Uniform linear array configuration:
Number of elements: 12
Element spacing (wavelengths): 0.25
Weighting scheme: hamming
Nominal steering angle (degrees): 0
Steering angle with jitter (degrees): -0.6873
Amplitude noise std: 0.05
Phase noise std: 0.05

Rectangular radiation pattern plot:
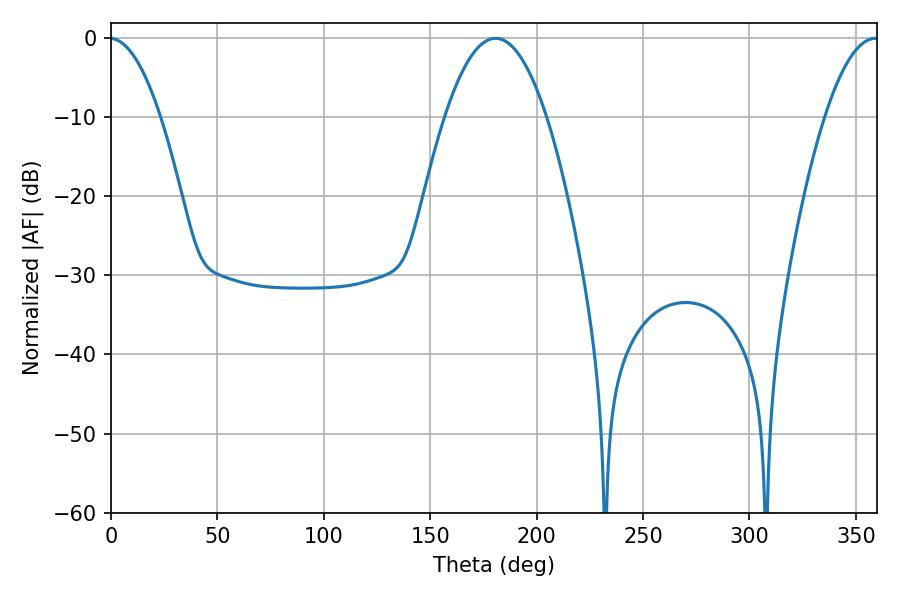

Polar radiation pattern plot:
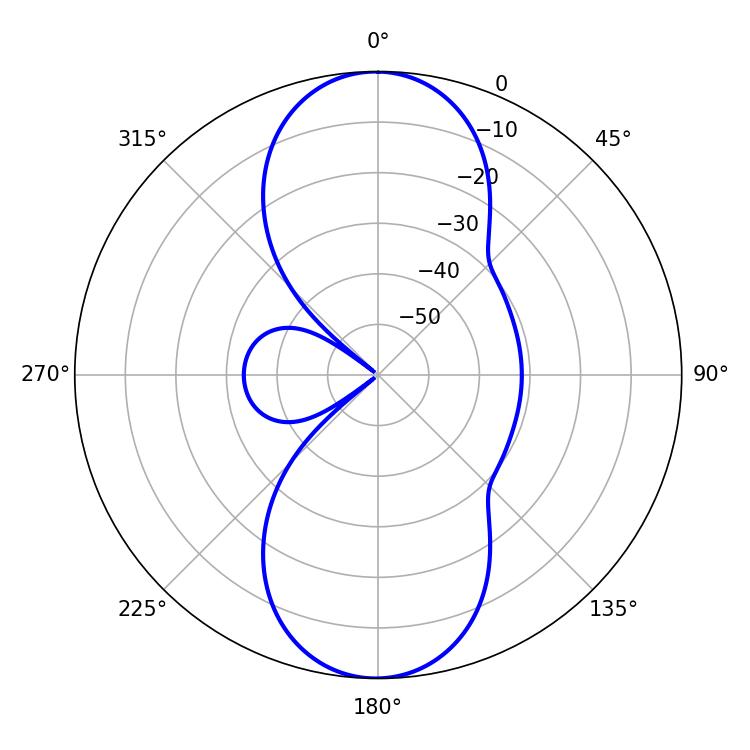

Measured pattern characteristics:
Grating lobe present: FALSE
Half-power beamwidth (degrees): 26.28
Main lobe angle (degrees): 180.72